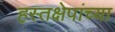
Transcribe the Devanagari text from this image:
हस्तक्षेपांच्या